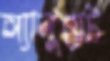
অ্যালুয়েট